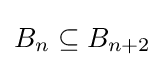
B_{n}\subseteq B_{n+2}